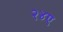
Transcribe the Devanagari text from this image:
२४ए